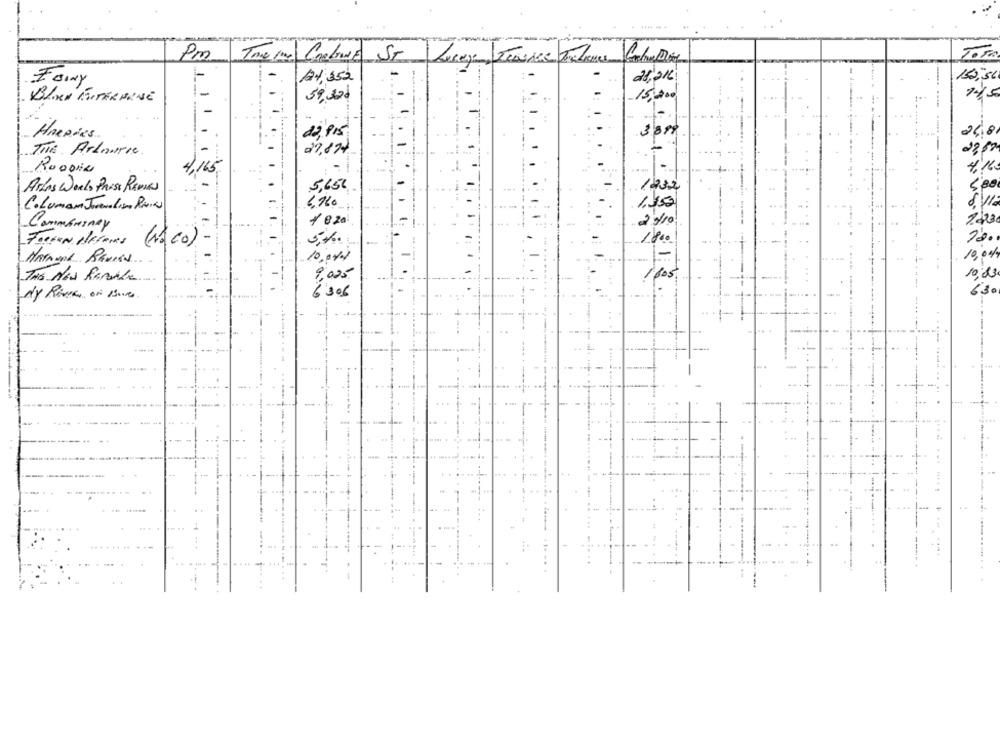
Pm
Tome in Crobude ST
Tom
150,5L
14 352
21,216
59.321
15,000
HARPERS
22,915
3.384
----.
24,81
27,874
23,83
The ArlowFre
RooDie
4.16
Artas Weels Press Rennes
5,65€
6.160
8/18
C.Luman Jornalismo Pavia
1 8 20
1623
Commeringy
5%
1'2.
(12 Co)
1-
10,0%
10.04.
TAS NEW RanAle
9,025
10,23
6:306
6.30